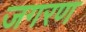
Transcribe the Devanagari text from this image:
जगरण